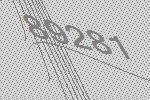
89281